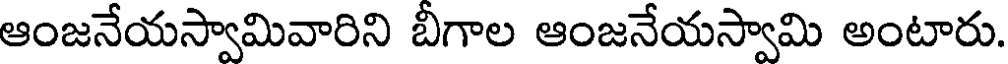
ఆంజనేయస్వామివారిని బీగాల ఆంజనేయస్వామి అంటారు.